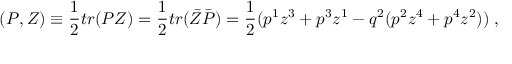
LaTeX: ( P , Z ) \equiv \frac { 1 } { 2 } t r ( P Z ) = \frac { 1 } { 2 } t r ( \bar { Z } \bar { P } ) = \frac { 1 } { 2 } ( p ^ { 1 } z ^ { 3 } + p ^ { 3 } z ^ { 1 } - q ^ { 2 } ( p ^ { 2 } z ^ { 4 } + p ^ { 4 } z ^ { 2 } ) ) \; ,